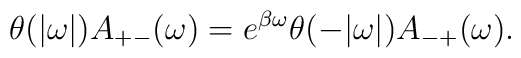
\theta(|\omega|)A_{+-}(\omega) = e^{\beta\omega}\theta(-|\omega|)A_{-+}(\omega).